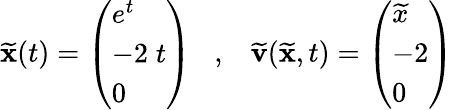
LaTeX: \widetilde{{\mathbf x}}(t)=\left(\begin{array}{l}{e^{t}}\\ {-2\; t}\\ {0}\end{array}\right)\; \; \; ,\; \; \; \widetilde{{\mathbf v}}(\widetilde{{\mathbf x}},t)=\left(\begin{array}{l}{\widetilde{x}}\\ {-2}\\ {0}\end{array}\right)